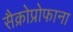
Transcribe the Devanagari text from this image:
सैक्रोप्रोफाना